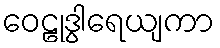
ဝေဠုဒွါရေယျကာ